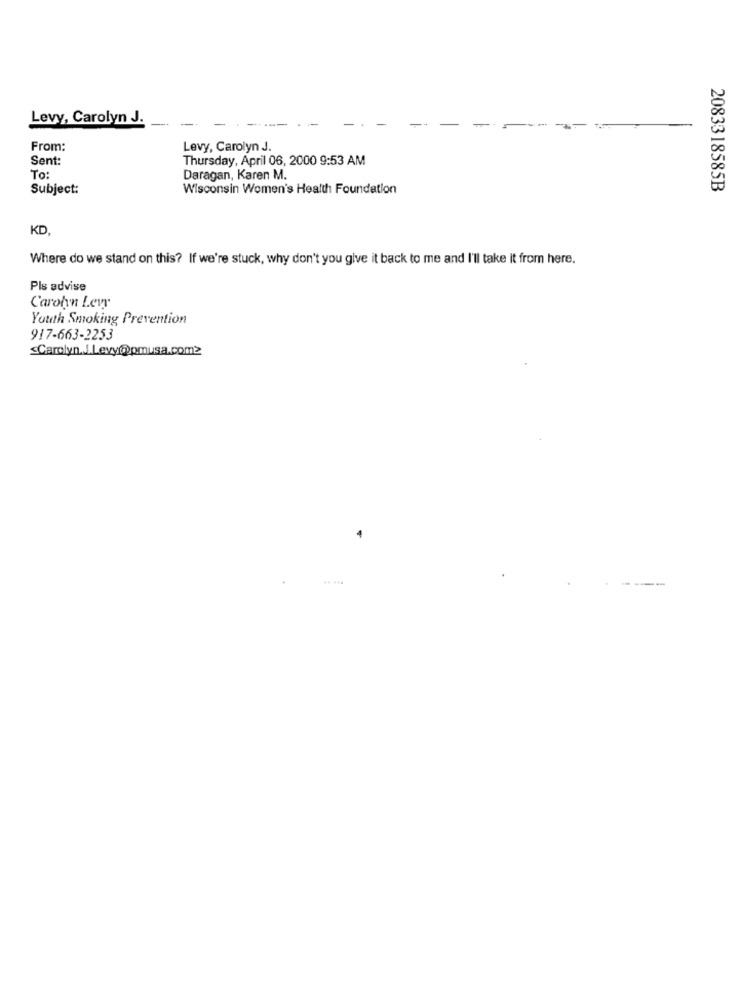
Levy, Carolyn J.
From:
Levy, Carolyn J.
Sent:
Thursday, April 06, 2000 9:53 AM
To:
Daragan, Karen M.
Subject:
Wisconsin Women's Health Foundation
2083318585B
KD,
Where do we stand on this? If we're stuck, why don't you give it back to me and I'll take it from here.
Pls advise
Carolyn Levy
Youth Smoking Prevention
917-663-2253
Carolyn.J.Levy@pmusa.com2
.. ...